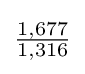
{\tfrac {1,677}{1,316}}